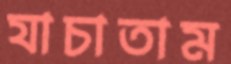
যাচাতাম